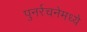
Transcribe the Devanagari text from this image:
पुनर्रचनेमध्ये